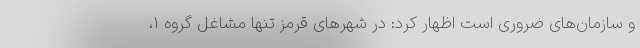
و سازمان‌های ضروری است اظهار کرد: در شهرهای قرمز تنها مشاغل گروه 1،